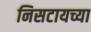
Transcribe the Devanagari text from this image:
निसटायच्या